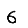
Digit: 6